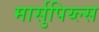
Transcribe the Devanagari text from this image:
मार्सुपिय्ल्स